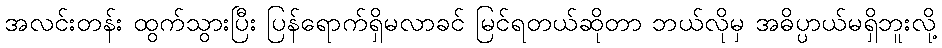
အလင်းတန်း ထွက်သွားပြီး ပြန်ရောက်ရှိမလာခင် မြင်ရတယ်ဆိုတာ ဘယ်လိုမှ အဓိပ္ပာယ်မရှိဘူးလို့